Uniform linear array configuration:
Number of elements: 64
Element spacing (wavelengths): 0.75
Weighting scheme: hamming
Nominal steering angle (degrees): -15
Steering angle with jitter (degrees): -16.22
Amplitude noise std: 0.05
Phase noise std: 0.05

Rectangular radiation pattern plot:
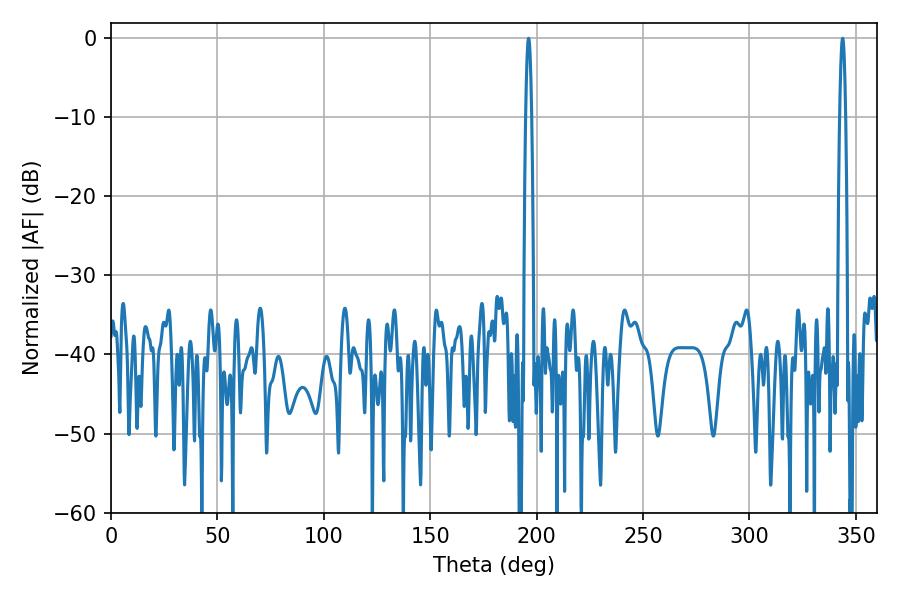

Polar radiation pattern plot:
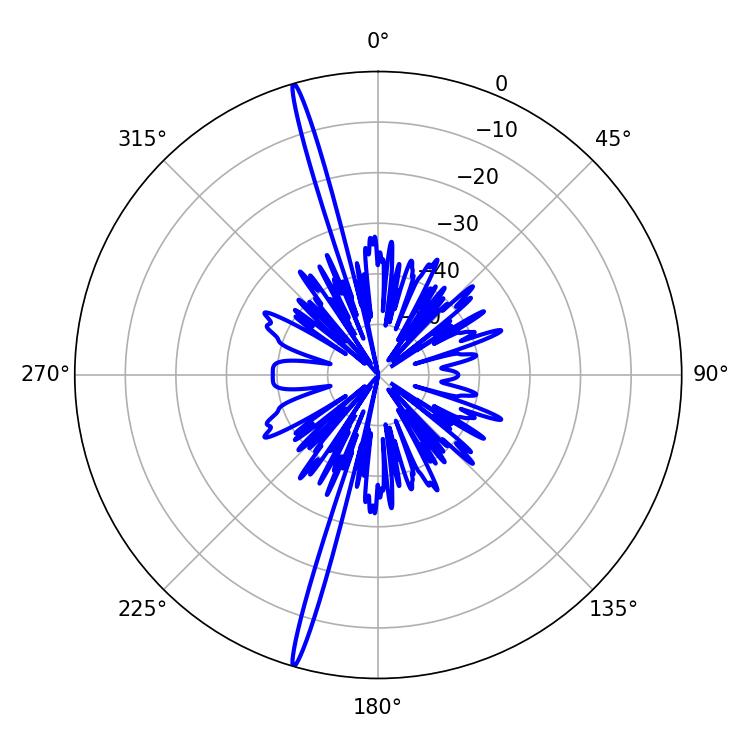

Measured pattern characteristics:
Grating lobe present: TRUE
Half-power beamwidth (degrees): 1.44
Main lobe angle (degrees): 196.2